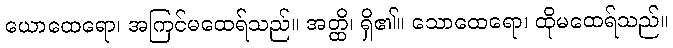
ယောထေရော၊ အကြင်မထေရ်သည်။ အတ္ထိ၊ ရှိ၏။ သောထေရော၊ ထိုမထေရ်သည်။